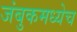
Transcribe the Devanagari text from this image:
जंबुकमध्येच